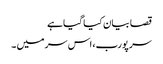
قصا بیان کیا گیا ہے
سر پورب، اس سر میں ۔